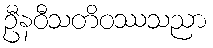
ဦနဝီသတိဝဿသညာ